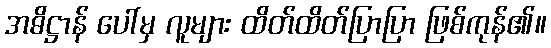
အဓိဋ္ဌာန် ပေါ်မှ လူများ ထိတ်ထိတ်ပြာပြာ ဖြစ်ကုန်၏။